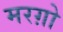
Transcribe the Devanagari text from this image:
मरग़ो